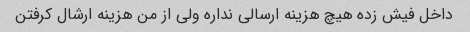
داخل فیش زده هیچ هزینه ارسالی نداره ولی از من هزینه ارشال کرفتن